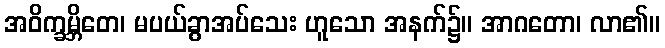
အဝိက္ခမ္ဘိတေ၊ မပယ်ခွာအပ်သေး ဟူသော အနက်၌။ အာဂတော၊ လာ၏။